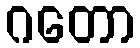
ဂတော